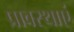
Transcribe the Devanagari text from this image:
प्रावस्थाएं